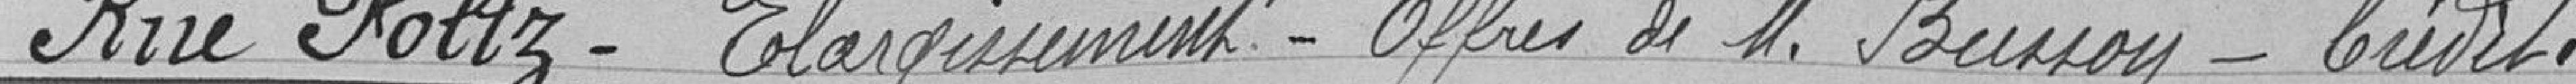
Rue Foltz- Elargissement- Offres de M. Bussoy-Crédit .